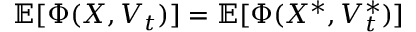
\mathbb { E } [ \Phi ( X , V _ { t } ) ] = \mathbb { E } [ \Phi ( X ^ { \ast } , V _ { t } ^ { * } ) ]